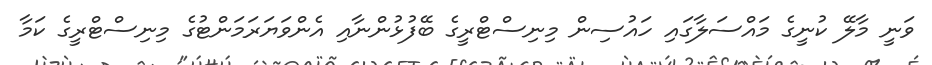
ވަނީ މާލޭ ކުނީގެ މައްސަލާގައި ހައުސިން މިނިސްޓްރީގެ ބޭފުޅުންނާއި އެންވަޔަރަމަންޓުގެ މިނިސްޓްރީގެ ކަމާ